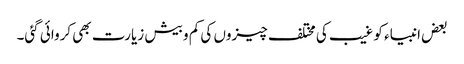
بعض انبیاء کو غیب کی مختلف چیزوں کی کم و بیش زیارت بھی کروائی گئی۔